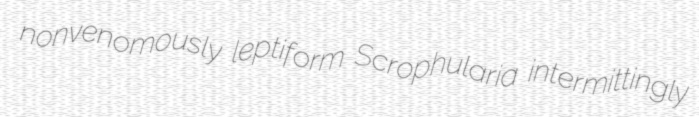
nonvenomously leptiform Scrophularia intermittingly